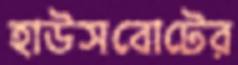
হাউসবোটের